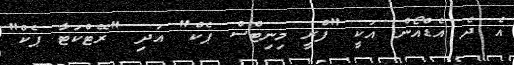
އެ ދެ އެޑްއޯން އަކީ "ފްރީ މިނިޓްސް ޕެކް" އަދި "ރޭޓްކަޓާ ޕެކް"